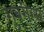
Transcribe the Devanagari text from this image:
गुबरीला